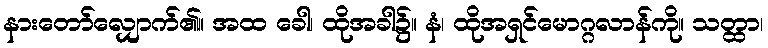
နားတော်လျှောက်၏။ အထ ခေါ၊ ထိုအခါ၌။ နံ၊ ထိုအရှင်မောဂ္ဂလာန်ကို။ သတ္ထာ၊